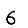
Digit: 6